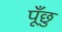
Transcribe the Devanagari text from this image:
पूँछु